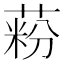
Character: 𦶚